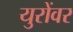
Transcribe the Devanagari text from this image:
युरोंवर